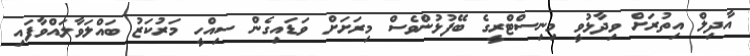
އާދިލް އިތުރަށް ވިދާޅުވީ މިނިސްޓްރީގެ ބޭފުޅުންވެސް މިރަށަށް ވަޑައިގެން ސިއްހީ މަރުކަޒު ބައްލަވާލައްވާފައި